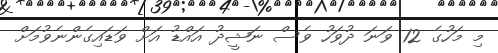
މި މަހުގެ 12 ވަނަ ދުވަހު ވެސް ނަޝީދު އައްޑު އަށް ވަޑައިގެންނެވުމަށް